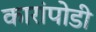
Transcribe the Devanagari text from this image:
कारांपोडी